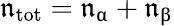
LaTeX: \mathfrak{n}_{\mathrm{{tot}}}=\mathfrak{n}_{\upalpha}+\mathfrak{n}_{\upbeta}